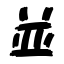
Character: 並